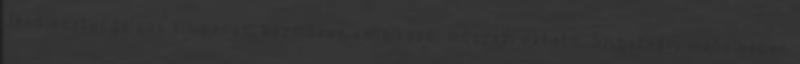
Jenô esztergályos kisiparos, kézmûves vállalkozó, mûszaki oktató. Szigetvári mûhelyében